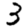
Digit: 3